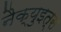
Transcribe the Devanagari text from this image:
नैक्युइत्स